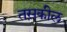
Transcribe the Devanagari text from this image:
तस़कील